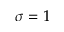
\sigma = 1